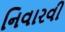
નિવારવી